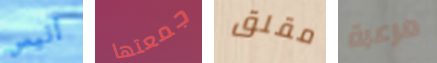
أليس جمعتها مقلق مرعبة